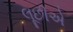
લૂછીએ